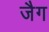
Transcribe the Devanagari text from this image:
जैग